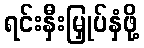
ရင်းနှီးမြှုပ်နှံဖို့